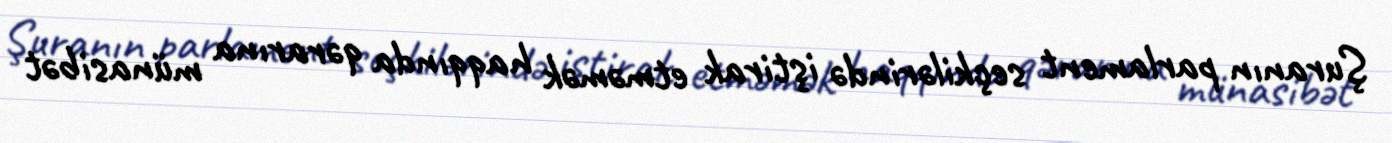
Şuranın parlament seçkilərində iştirak etməmək haqqında qərarına münasibət